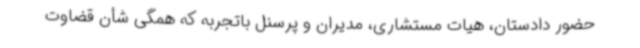
حضور دادستان، هیات مستشاری، مدیران و پرسنل باتجربه که همگی شأن قضاوت